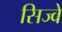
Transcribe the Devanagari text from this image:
सिज्वे